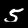
Label: 5